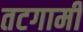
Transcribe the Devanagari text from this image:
तटगामी